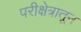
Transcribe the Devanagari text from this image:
परीक्षेत्रातून